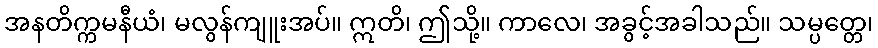
အနတိက္ကမနီယံ၊ မလွန်ကျူးအပ်။ ဣတိ၊ ဤသို့။ ကာလေ၊ အခွင့်အခါသည်။ သမ္ပတ္တေ၊